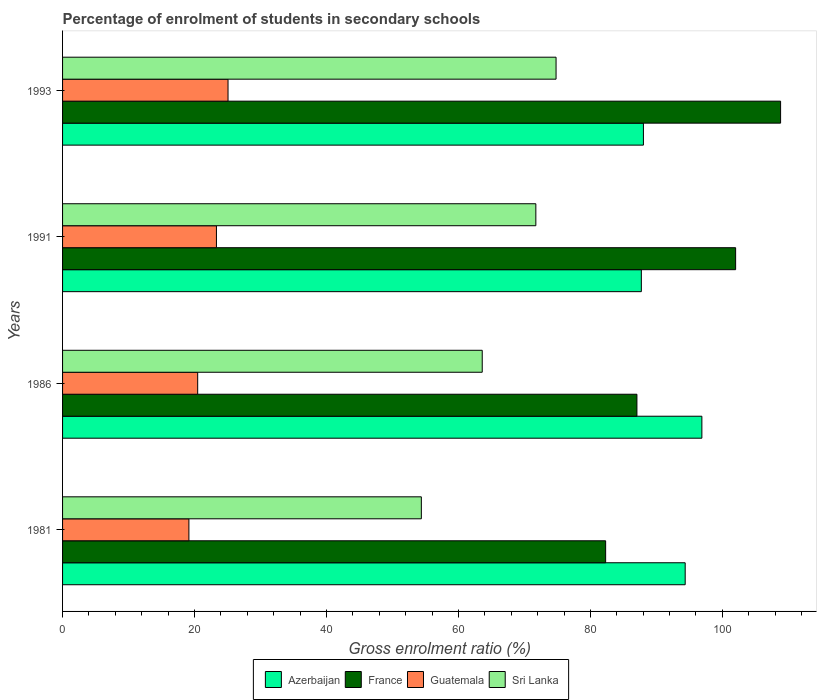
| Years | Azerbaijan | France | Guatemala | Sri Lanka |
 | --- | --- | --- | --- | --- |
 | 1981 | 94.4 | 82.3 | 19.1 | 54.4 |
 | 1986 | 96.9 | 87.1 | 20.5 | 63.6 |
 | 1991 | 87.7 | 102 | 23.3 | 71.7 |
 | 1993 | 88 | 109 | 25.1 | 74.8 |